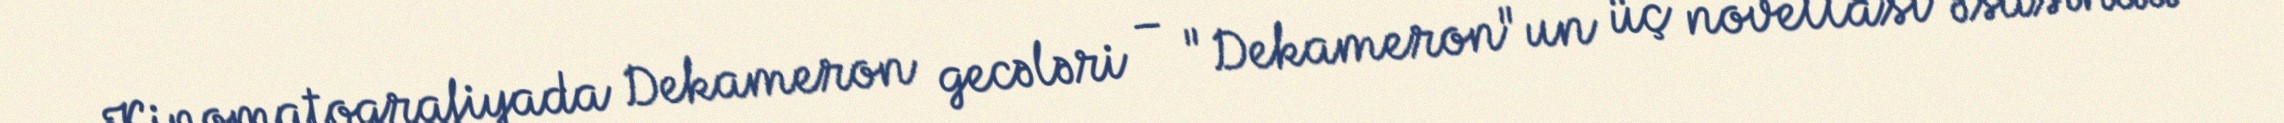
Kinomatoqrafiyada Dekameron gecələri – "Dekameron"un üç novellası əsasında